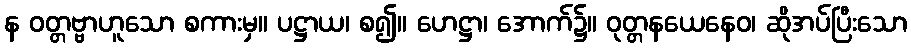
န ဝတ္တဗ္ဗာဟူသော စကားမှ။ ပဋ္ဌာယ၊ စ၍။ ဟေဋ္ဌာ၊ အောက်၌။ ဝုတ္တနယေနေဝ၊ ဆိုအပ်ပြီးသော